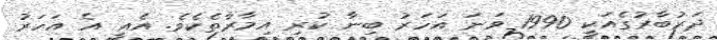
ދަރުބާރުގެއަކީ 1990 ވަނަ އަހަރު ބިނާ ކުރި އިމާރާތެކެވެ. އެއީ އެ އަހަރު